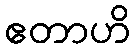
ဧတာဟိ